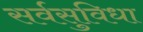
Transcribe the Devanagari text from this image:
सर्वसुविधा